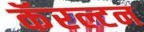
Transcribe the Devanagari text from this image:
कॅरल्टन